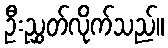
ဦးညွှတ်လိုက်သည်။